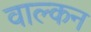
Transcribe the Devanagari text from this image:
वाल्कन